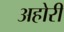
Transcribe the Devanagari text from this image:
अहोरी